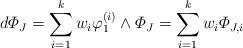
LaTeX: \begin{align*}d \varPhi_J = \sum_{i=1}^k w_i \varphi_1^{(i)} \wedge \varPhi_J = \sum_{i=1}^k w_i \varPhi_{J,i}\end{align*}